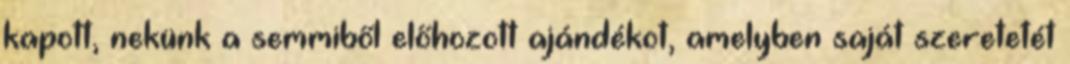
kapott, nekünk a semmiből előhozott ajándékot, amelyben saját szeretetét